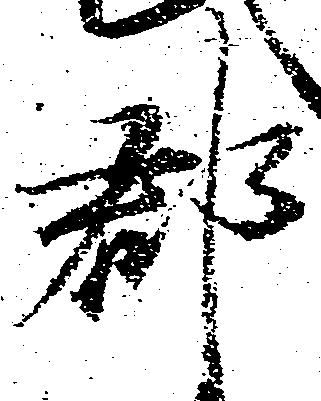
郡